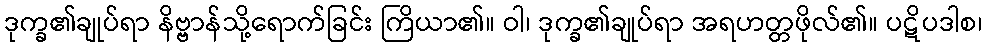
ဒုက္ခ၏ချုပ်ရာ နိဗ္ဗာန်သို့ရောက်ခြင်း ကြိယာ၏။ ဝါ၊ ဒုက္ခ၏ချုပ်ရာ အရဟတ္တဖိုလ်၏။ ပဋိပဒါစ၊